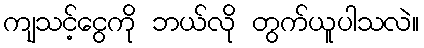
ကျသင့်ငွေကို ဘယ်လို တွက်ယူပါသလဲ။